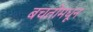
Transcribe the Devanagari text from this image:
बचतीमधून